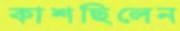
কাশছিলেন